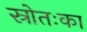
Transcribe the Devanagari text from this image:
स्रोतःका